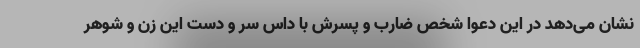
نشان می‌دهد در این دعوا شخص ضارب و پسرش با داس سر و دست این زن و شوهر